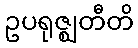
ဥပရုဇ္ဈတီတိ